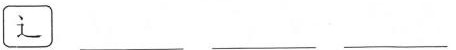
辶 ___ ___ ___